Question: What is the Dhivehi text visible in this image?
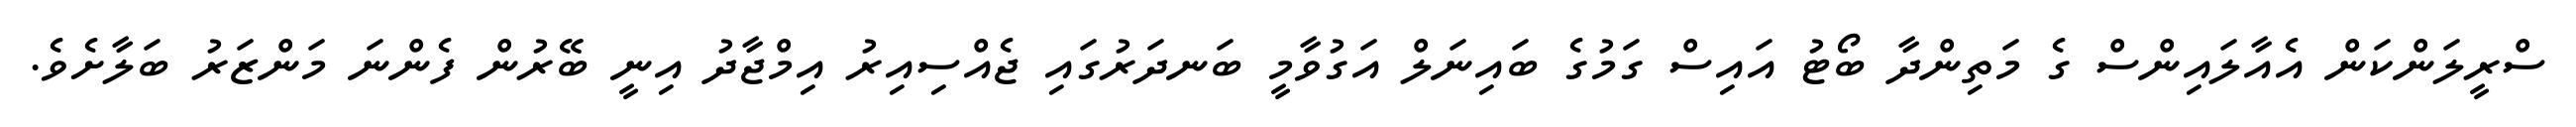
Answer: ސްރީލަންކަން އެއާލައިންސް ގެ މަތިންދާ ބޯޓު އައިސް ގަމުގެ ބައިނަލް އަގުވާމީ ބަނދަރުގައި ޖެއްސިއިރު އިމްޖާދު އިނީ ބޭރުން ފެންނަ މަންޒަރު ބަލާށެވެ.